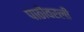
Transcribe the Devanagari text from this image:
पाठीवरली